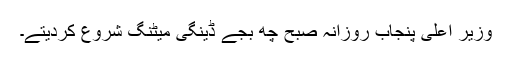
وزیر ِاعلیٰ پنجاب روزانہ صبح چھ بجے ڈینگی میٹنگ شروع کردیتے۔